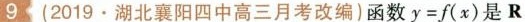
9(2019·湖北襄阳四中高三月考改编)函数$$y = f ( x )$$是R